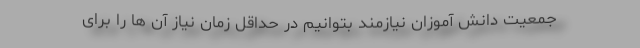
جمعیت دانش آموزان نیازمند بتوانیم در حداقل زمان نیاز آن ها را برای